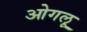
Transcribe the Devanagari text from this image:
ओगलू